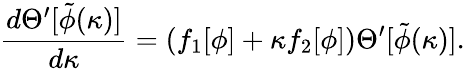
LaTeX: {\frac{d\Theta^{\prime}[\tilde{\phi}(\kappa)]}{d\kappa}}=(f_{1}[\phi]+\kappa f_{2}[\phi])\Theta^{\prime}[\tilde{\phi}(\kappa)].